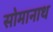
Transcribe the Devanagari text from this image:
सोमानाथ